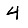
Digit: 4